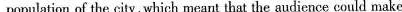
population of the city,which meant that the audience could make